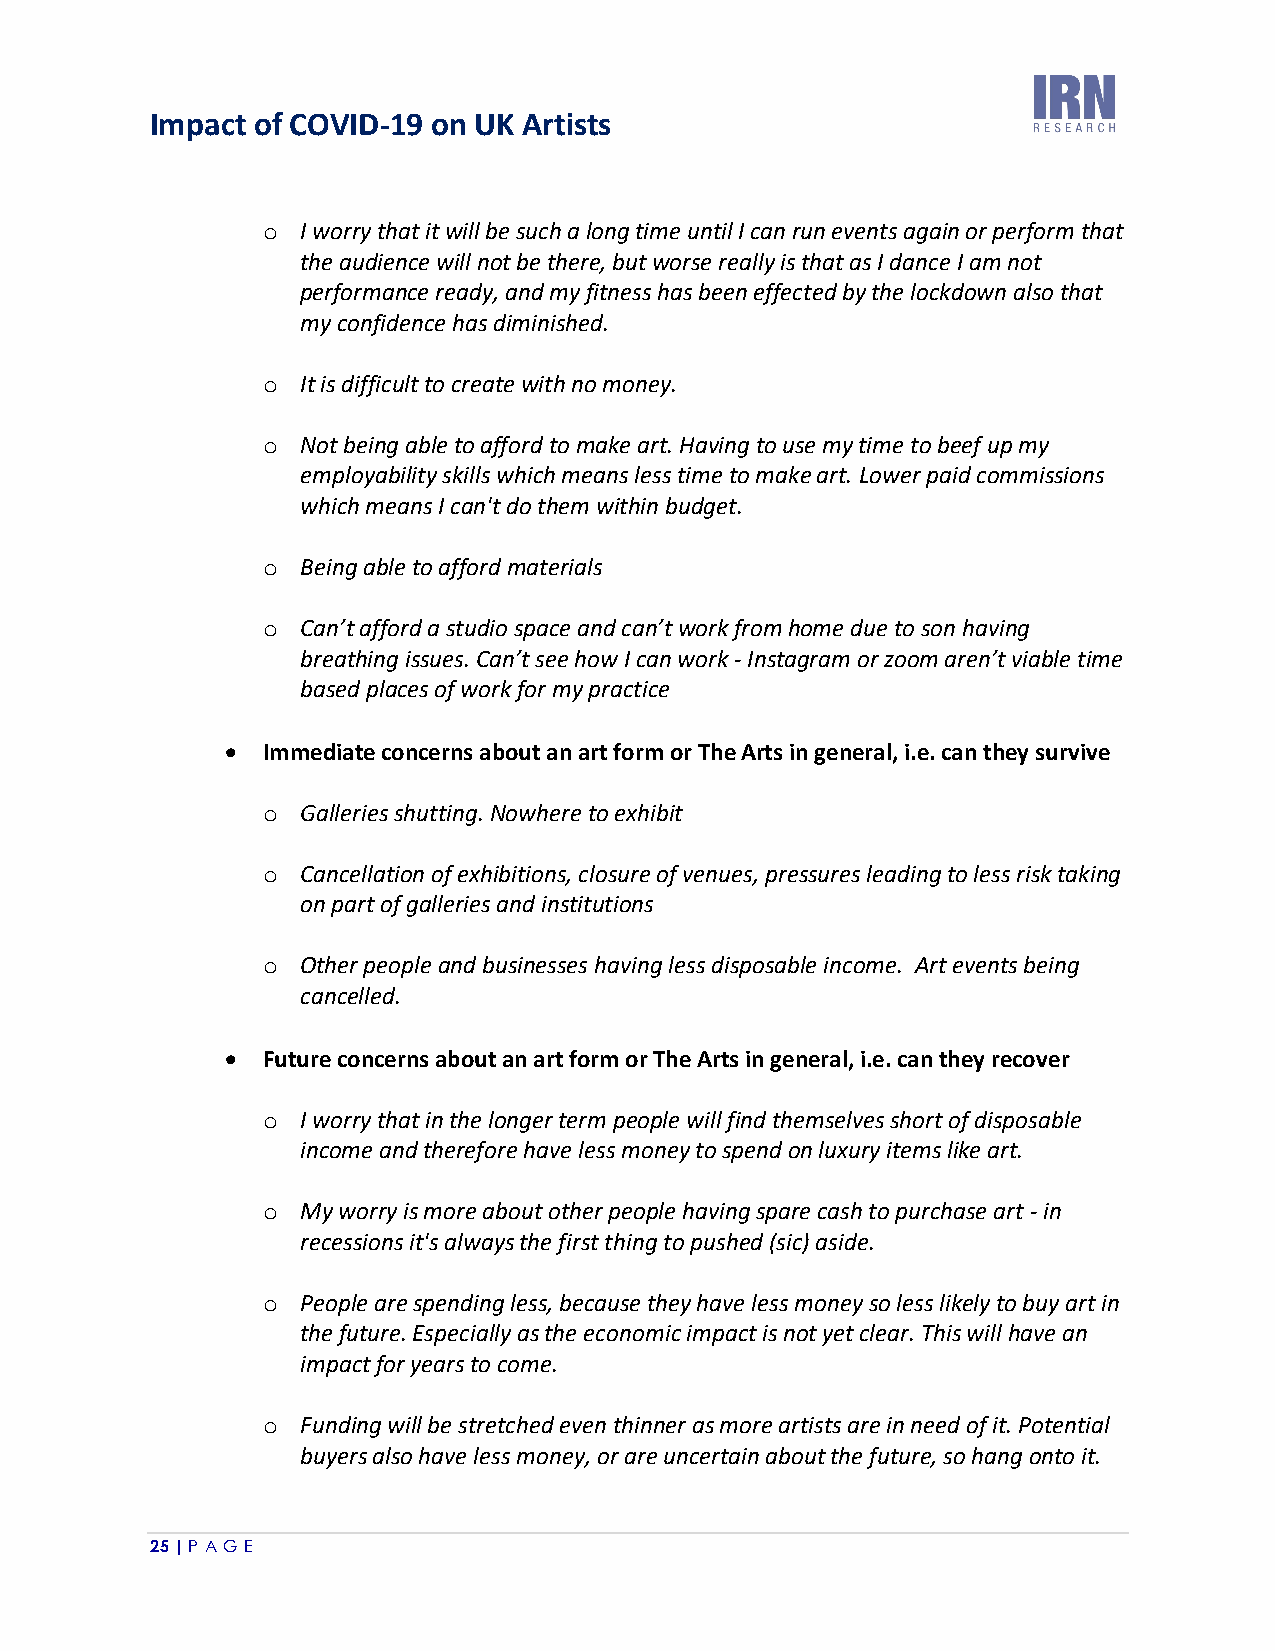
Impact of COVID-19 on UK Artists
 o  I worry that it will be such a long time until I can run events again or perform that
 the audience will not be there, but worse really is that as I dance I am not
 performance ready, and my fitness has been effected by the lockdown also that
 my confidence has diminished.
 o  It is difficult to create with no money.
 o  Not being able to afford to make art. Having to use my time to beef up my
 employability skills which means less time to make art. Lower paid commissions
 which means I can't do them within budget.
 o  Being able to afford materials
 o  Can’t afford a studio space and can’t work from home due to son having
 breathing issues. Can’t see how I can work - Instagram or zoom aren’t viable time
 based places of work for my practice
 • Immediate concerns about an art form or The Arts in general, i.e. can they survive
 o  Galleries shutting. Nowhere to exhibit
 o  Cancellation of exhibitions, closure of venues, pressures leading to less risk taking
 on part of galleries and institutions
 o  Other people and businesses having less disposable income. Art events being
 cancelled.
 • Future concerns about an art form or The Arts in general, i.e. can they recover
 o  I worry that in the longer term people will find themselves short of disposable
 income and therefore have less money to spend on luxury items like art.
 o  My worry is more about other people having spare cash to purchase art - in
 recessions it's always the first thing to pushed (sic) aside.
 o  People are spending less, because they have less money so less likely to buy art in
 the future. Especially as the economic impact is not yet clear. This will have an
 impact for years to come.
 o  Funding will be stretched even thinner as more artists are in need of it. Potential
 buyers also have less money, or are uncertain about the future, so hang onto it.
 25 | P A GE